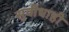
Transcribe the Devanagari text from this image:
सुवीधाही